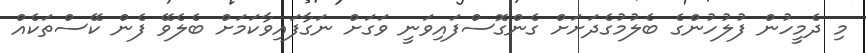
މި ދެމީހުން ފުލުހުންގެ ބެލުމުގެދަށަށް ގެންގޮސްފައިވަނީ ވަގަށް ނަގާފައިވާކަމަށް ބެލެވޭ ފެން ކޭސްތަކެއް